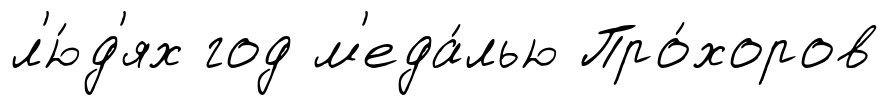
л'ю́д'ях год м'еда́лью Про́хоров